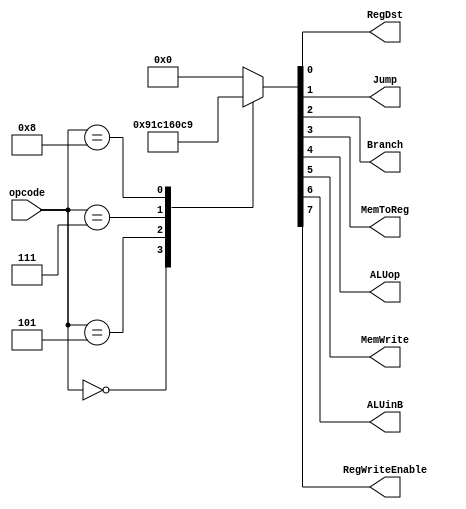
module control_circuit(
input [4:0]opcode ,
output RegDst,Jump,Branch,MemToReg,ALUop,MemWrite,ALUinB,RegWriteEnable
);

parameter Rtype =5'b00000,addi=5'b00101,sw=5'b00111,lw=5'b01000;
//parameter j=5'b00001,bne=5'b00010,jal=5'b00011,jr=5'b00100,blt=5'b00110,
//			 bex=5'b10110,setx=5'b10101 ;//This will be used in Full processor
reg [7:0] out;
assign RegDst = out[0];
assign Jump = out[1];
assign Branch = out[2];
assign MemToReg = out[3];
assign ALUop = out[4];
assign MemWrite = out[5];
assign ALUinB = out[6];
assign RegWriteEnable = out[7];
always @ (opcode)
begin
 case (opcode)
 Rtype:out=8'b10010001;
 addi:out=8'b11000001;
 sw:out=8'b01100000;
 lw:out=8'b11001001;
 default:out=8'b00000000;
 
 endcase
end
endmodule